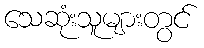
သေဆုံးသူများတွင်